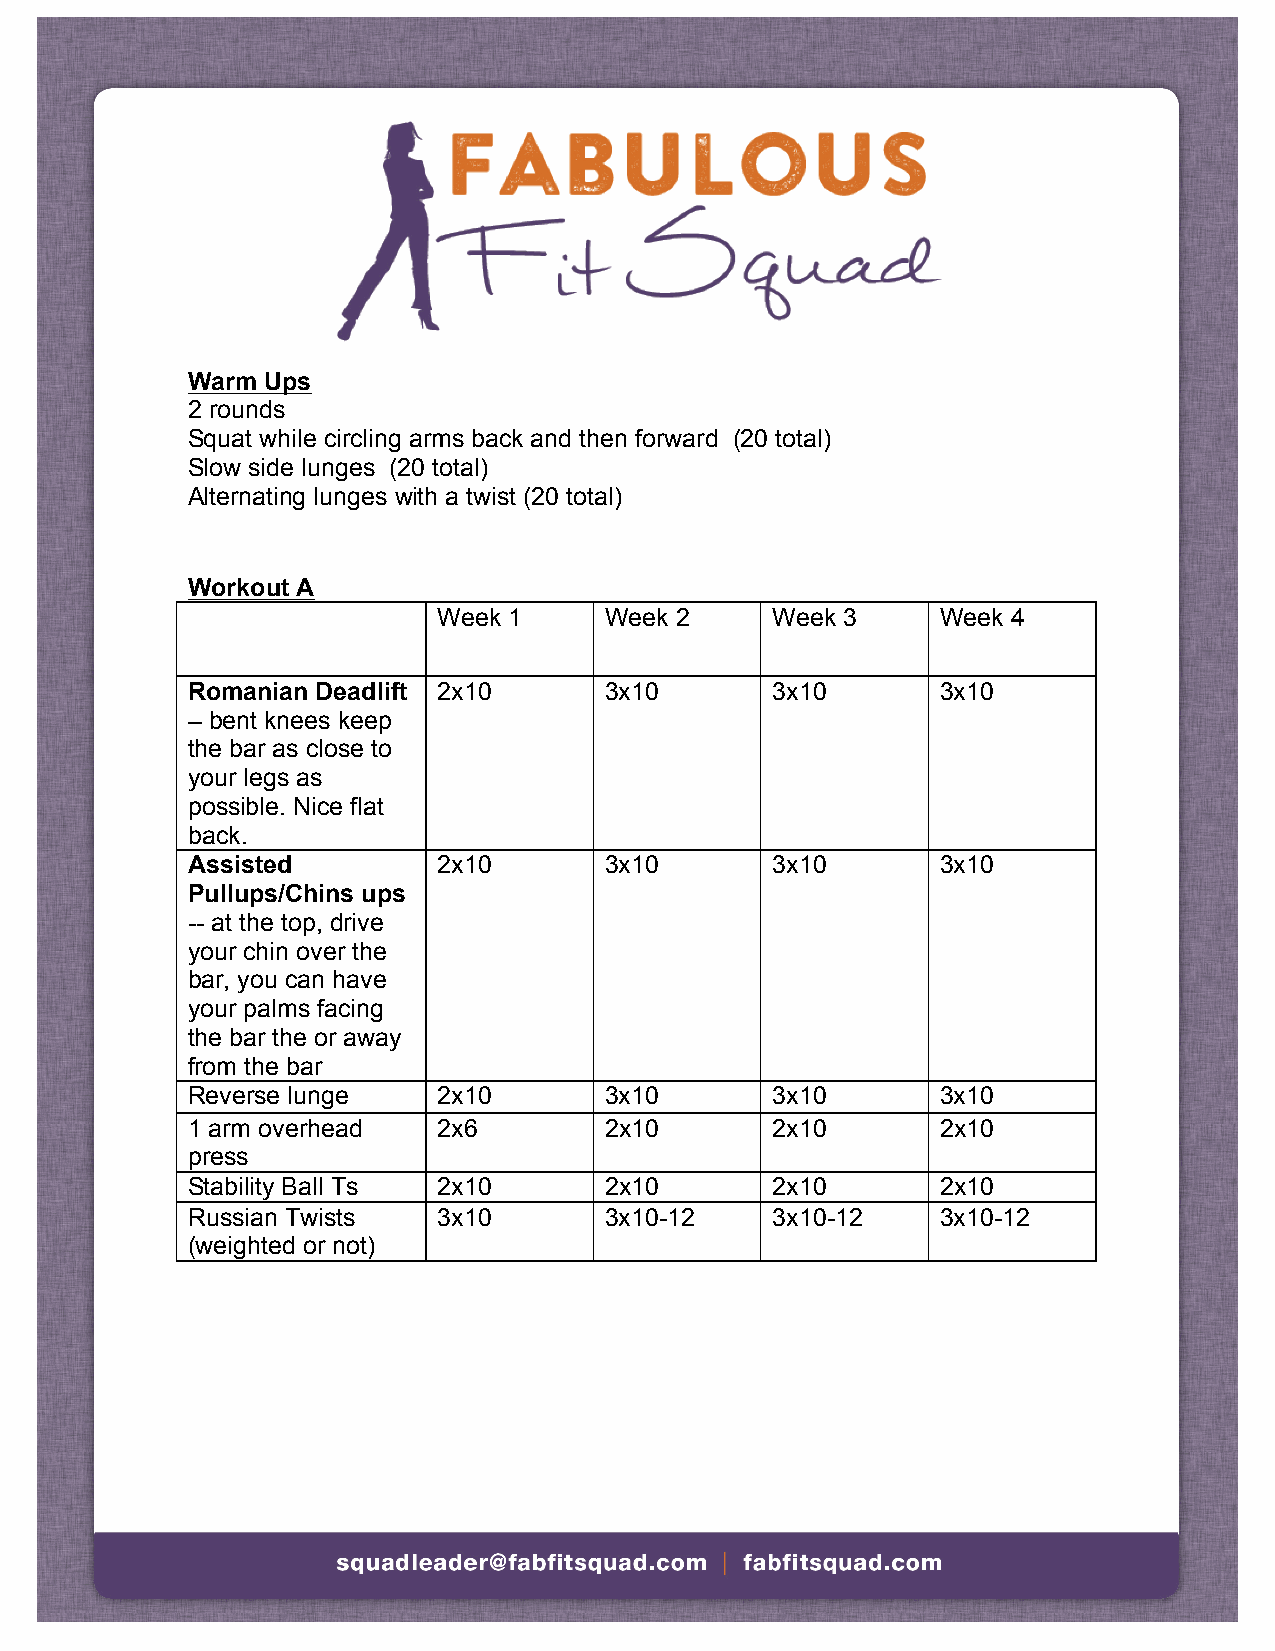
Warm Ups
 2 rounds
 Squat while circling arms back and then forward (20 total)
 Slow side lunges (20 total)
 Alternating lunges with a twist (20 total)
 Workout A
 Week 1     Week 2     Week 3     Week 4
 Romanian Deadlift 2x10      3x10       3x10       3x10
 – bent knees keep
 the bar as close to
 your legs as
 possible. Nice flat
 back.
 Assisted         2x10       3x10       3x10       3x10
 Pullups/Chins ups
 -- at the top, drive
 your chin over the
 bar, you can have
 your palms facing
 the bar the or away
 from the bar
 Reverse lunge    2x10       3x10       3x10       3x10
 1 arm overhead   2x6        2x10       2x10       2x10
 press
 Stability Ball Ts 2x10      2x10       2x10       2x10
 Russian Twists   3x10       3x10-12    3x10-12    3x10-12
 (weighted or not)